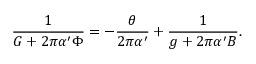
\frac { 1 } { G + 2 \pi { \alpha ^ { \prime } } \Phi } = - \frac { \theta } { 2 \pi { \alpha ^ { \prime } } } + \frac { 1 } { g + 2 \pi { \alpha ^ { \prime } } B } .